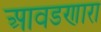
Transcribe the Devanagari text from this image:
आवडणारा